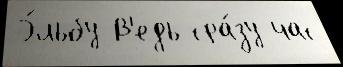
Э́льбу В'едь сра́зу час